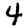
Digit: 4